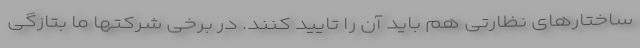
ساختارهای نظارتی هم باید آن را تایید کنند. در برخی شرکتها ما بتازگی